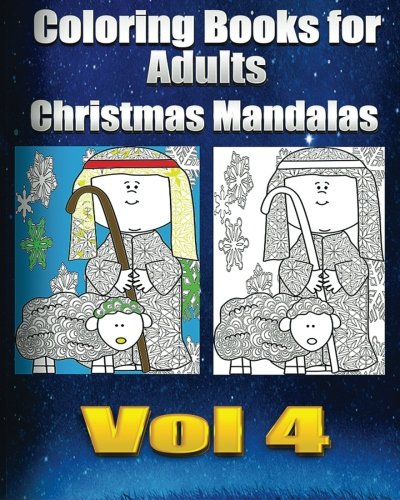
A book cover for Coloring Books For Adults Christmas Mandalas Vol4 (Holiday Mandalas ); Coloring Book Fun; Comics & Graphic Novels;